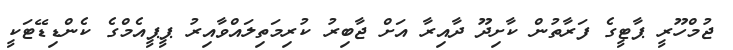
ޖުމްހޫރީ ޕާޓީގެ ފަރާތުން ކާށިދޫ ދާއިރާ އަށް ޖާބިރު ކުރިމަތިލައްވާއިރު ޕީޕީއެމްގެ ކެންޑިޑޭޓަކީ